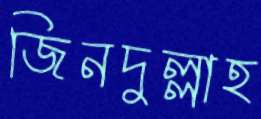
জিনদুল্লাহ